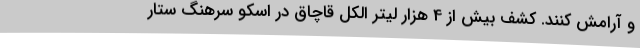
و آرامش کنند. کشف بیش از 4 هزار لیتر الکل قاچاق در اسکو سرهنگ ستار